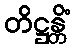
တိဋ္ဌန္တိံ